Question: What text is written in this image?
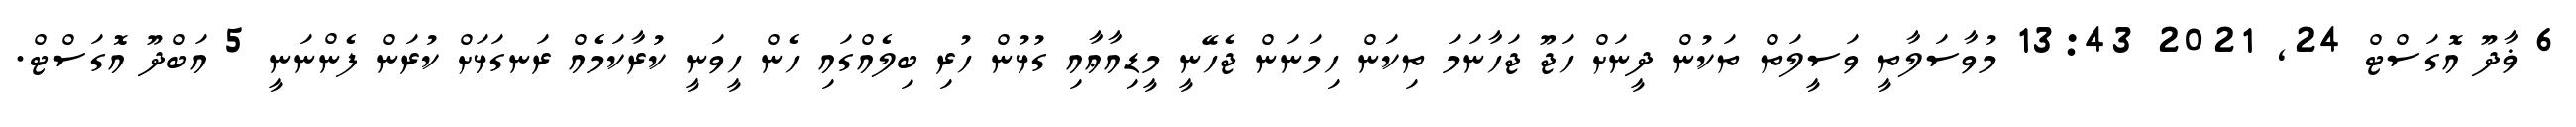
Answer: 6 ޥާދޫ އޮގަސްޓް 24, 2021 13:43 މުވާސަލާތީ ވަސީލަތް ތަކުން ދީނަށް ހަޖޫ ޖަހާނަމަ ތިކަން ހިމަނަން ޖެހޭނީ މީޑިއާޢާއި ގުޅުން ހުރި ބިލެއްގައި ހެން ހީވަނީ ކުރާކަމެއް ރަނގަޅަށް ކުރަން ފެންނަނީ 5 އަބްދޫ އޮގަސްޓް.